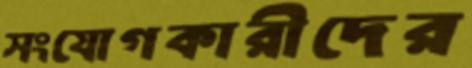
সংযোগকারীদের